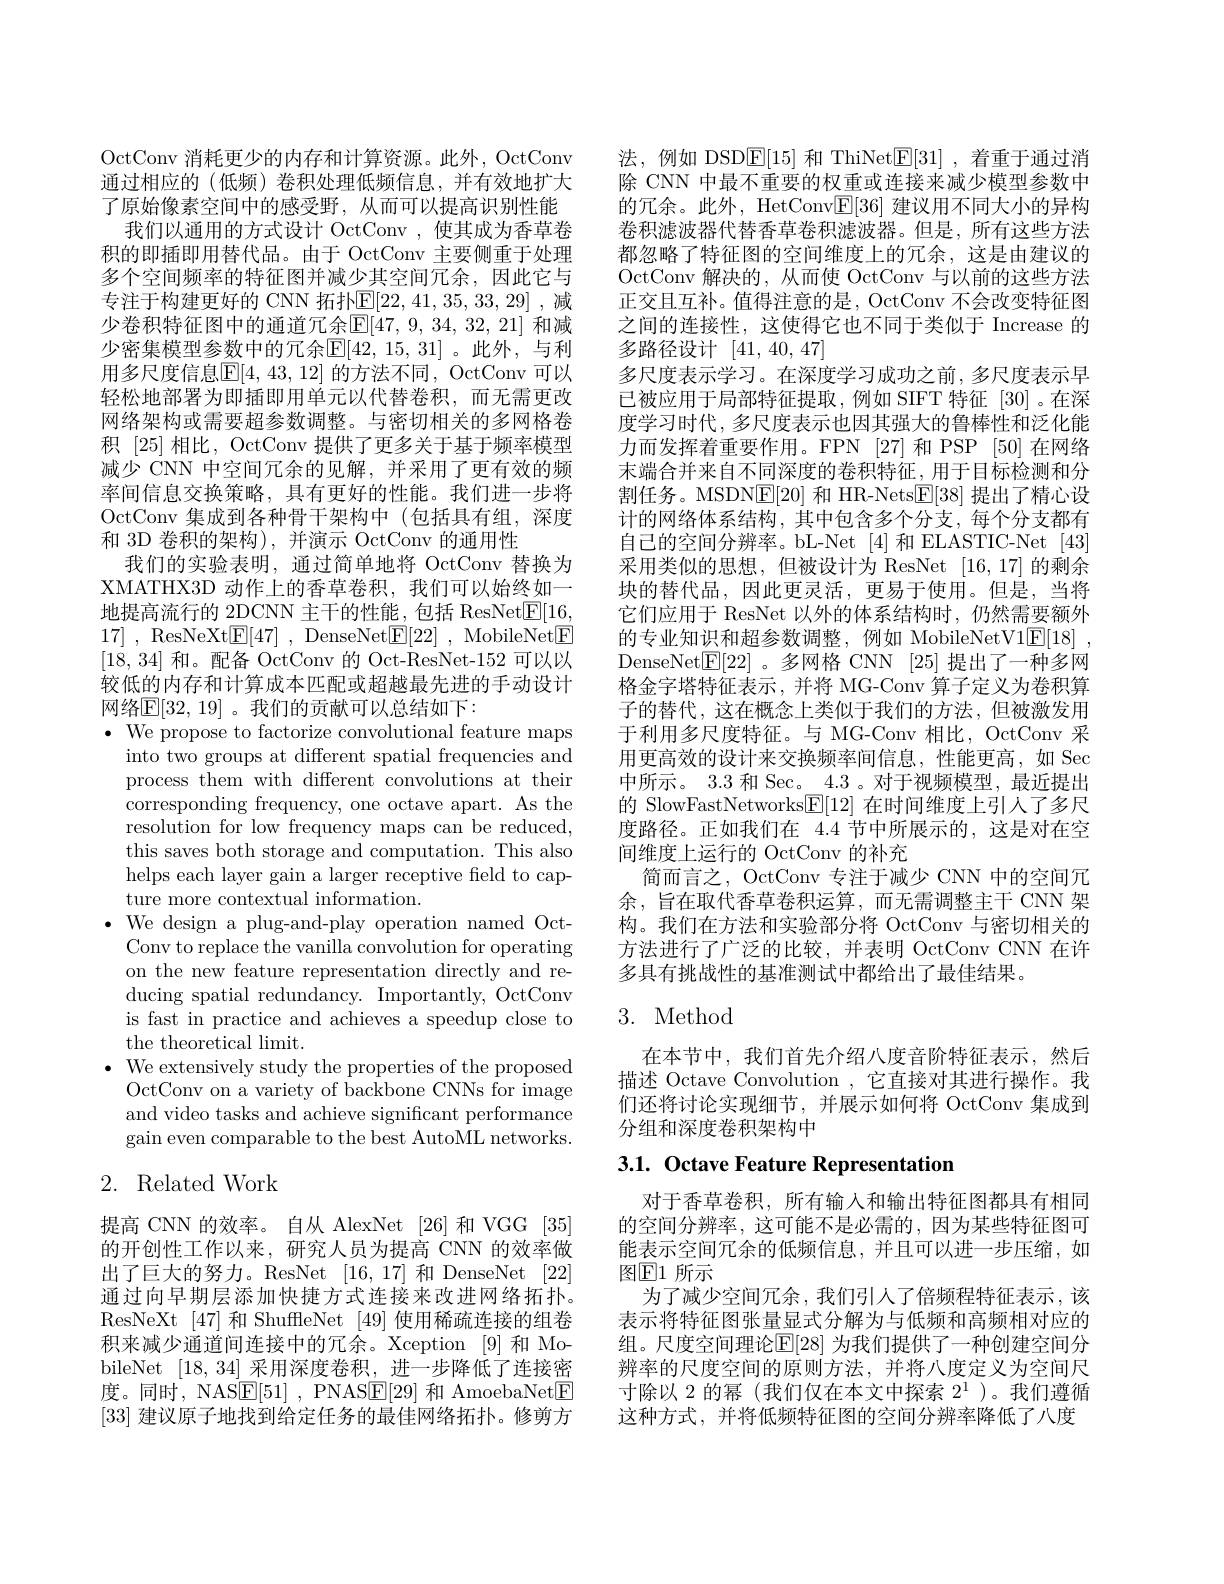
OctConv 消耗更少的内存和计算资源。此外，OctConv 通过相应的 (低频) 卷积处理低频信息，并有效地扩大了原始像素空间中的感受野，从而可以提高识别性能
我们以通用的方式设计 OctConv ,使其成为香草卷积的即插即用替代品。由于 OctConv 主要侧重于处理多个空间频率的特征图并减少其空间冗余，因此它与专注于构建更好的 CNN 拓扑$\mathbb{E}[22,41,35,33,29]$ ,减少卷积特征图中的通道冗余$\mathbb{E}[47,9,34,32,21]$ 和减少密集模型参数中的冗余$\mathbb{E}[42,15,31]$。此外，与利用多尺度信息$\mathbb{E}[4,43,12]$ 的方法不同，OctConv 可以轻松地部署为即插即用单元以代替卷积，而无需更改网络架构或需要超参数调整。与密切相关的多网格卷积 [25]相比，OctConv 提供了更多关于基于频率模型减少 CNN 中空间冗余的见解，并采用了更有效的频率间信息交换策略，具有更好的性能。我们进一步将OctConv 集成到各种骨干架构中(包括具有组，深度和 3D 卷积的架构),并演示 OctConv 的通用性
我们的实验表明，通过简单地将 OctConv 替换为XMATHX3D 动作上的香草卷积，我们可以始终如一地提高流行的 2DCNN 主干的性能，包括 ResNet$\underline{\mathrm{E}}[16$, 17] , ResNeXt$\underline {\mathrm{E} }[ 47]$ , DenseNet$\underline {\mathrm{E} }[ 22]$ , MobileNet$\underline{\mathrm{E}}$ [18,34]和。配备 OctConv 的 Oct-ResNet-152 可以以较低的内存和计算成本匹配或超越最先进的手动设计网络$\mathbb{E}[32,19]$。我们的贡献可以总结如下：
$\bullet$ We propose to factorize convolutional feature maps
into two groups at different spatial frequencies and process them with different convolutions at their corresponding frequency, one octave apart. As the resolution for low frequency maps can be reduced, this saves both storage and computation. This also helps each layer gain a larger receptive field to capture more contextual information.
$\bullet$ We design a plug-and-play operation named Oct-
Conv to replace the vanilla convolution for operating on the new feature representation directly and reducing spatial redundancy. Importantly, OctConv is fast in practice and achieves a speedup close to the theoretical limit.
$\bullet$ We extensively study the properties of the proposed
OctConv on a variety of backbone CNNs for image and video tasks and achieve significant performance gain even comparable to the best Auto$\bar{\mathrm{ML~networks.}}$
2. Related Work

提高 CNN 的效率。自从 AlexNet [26]和 VGG [35] 的开创性工作以来，研究人员为提高 CNN 的效率做出了巨大的努力。ResNet [16,17] 和 DenseNet [22] 通过向早期层添加快捷方式连接来改进网络拓扑。ResNeXt [47]和 ShuffleNet [49]使用稀疏连接的组卷积来减少通道间连接中的冗余。Xception [9]和 MobileNet [18,34]采用深度卷积，进一步降低了连接密度。同时，NAS$\underline {\mathrm{E} }[ 51]$ , PNAS$\underline{\mathrm{E}}[29]$和 AmoebaNet$\underline{\mathrm{E}}$ [33]建议原子地找到给定任务的最佳网络拓扑。修剪方

法，例如 DSDE[15]和 ThiNetE[31] ,着重于通过消除 CNN 中最不重要的权重或连接来减少模型参数中的冗余。此外，HetConv$\underline{\mathrm{E}}[36]$建议用不同大小的异构卷积滤波器代替香草卷积滤波器。但是，所有这些方法都忽略了特征图的空间维度上的冗余，这是由建议的OctConv 解决的，从而使 OctConv 与以前的这些方法正交且互补。值得注意的是，OctConv 不会改变特征图之间的连接性，这使得它也不同于类似于 Increase 的多路径设计[41,40,47]
多尺度表示学习。在深度学习成功之前，多尺度表示早已被应用于局部特征提取，例如 SIFT 特征[30]。在深度学习时代，多尺度表示也因其强大的鲁棒性和泛化能力而发挥着重要作用。FPN [27] 和 PSP [50] 在网络末端合并来自不同深度的卷积特征，用于目标检测和分割任务。MSDNE[20]和 HR-NetsE[38]提出了精心设计的网络体系结构，其中包含多个分支，每个分支都有自己的空间分辨率。bL-Net [4]和 ELASTIC-Net [43] 采用类似的思想，但被设计为 ResNet [16,17] 的剩余块的替代品，因此更灵活，更易于使用。但是，当将它们应用于 ResNet 以外的体系结构时，仍然需要额外的专业知识和超参数调整，例如 MobileNetV1$\underline {\mathrm{E} }[ 18]$ , DenseNet$\boxed{\mathrm{F}}[22]$ 。多网格 CNN [25] 提出了一种多网格金字塔特征表示，并将 MG-Conv 算子定义为卷积算子的替代，这在概念上类似于我们的方法，但被激发用于利用多尺度特征。与 MG-Conv 相比，OctConv 采用更高效的设计来交换频率间信息，性能更高，如 Sec 中所示。3.3和 Sec。4.3 。对于视频模型，最近提出的 SlowFastNetworks$\underline{\mathbb{F}}[12]$在时间维度上引人了多尺度路径。正如我们在 4.4 节中所展示的，这是对在空间维度上运行的 OctConv 的补充
简而言之，OctConv 专注于减少 CNN 中的空间冗余，旨在取代香草卷积运算，而无需调整主干 CNN 架构。我们在方法和实验部分将 OctConv 与密切相关的方法进行了广泛的比较，并表明 OctConv CNN 在许多具有挑战性的基准测试中都给出了最佳结果。

## 3. Method

在本节中，我们首先介绍八度音阶特征表示，然后描述 Octave Convolution ,它直接对其进行操作。我们还将讨论实现细节，并展示如何将 OctConv 集成到分组和深度卷积架构中

# 3.1. Octave Feature Representation

对于香草卷积，所有输入和输出特征图都具有相同的空间分辨率，这可能不是必需的，因为某些特征图可能表示空间冗余的低频信息，并且可以进一步压缩，如图$\textcircled{\mathrm{E}}1$ 所示
为了减少空间冗余，我们引人了倍频程特征表示，该表示将特征图张量显式分解为与低频和高频相对应的组。尺度空间理论$\mathbb{E}[28]$ 为我们提供了一种创建空间分辨率的尺度空间的原则方法，并将八度定义为空间尺寸除以 2 的幂(我们仅在本文中探索$2^1$ )。我们遵循这种方式，并将低频特征图的空间分辨率降低了八度